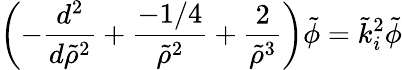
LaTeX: \left(-\frac{d^{2}}{d\tilde{\rho}^{2}}+\frac{-1/4}{\tilde{\rho}^{2}}+\frac{2}{\tilde{\rho}^{3}}\right)\tilde{\phi}=\tilde{k}_{i}^{2}\tilde{\phi}